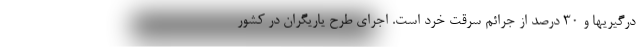
درگیریها و ۳۰ درصد از جرائم سرقت خرد است. اجرای طرح یاریگران در کشور